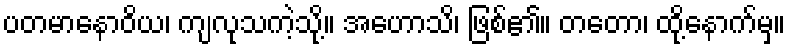
ပတမာနောဝိယ၊ ကျလုသကဲ့သို့။ အဟောသိ၊ ဖြစ်၏။ တတော၊ ထို့နောက်မှ။